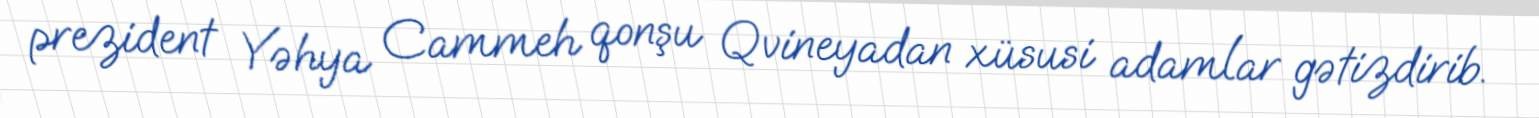
prezident Yəhya Cammeh qonşu Qvineyadan xüsusi adamlar gətizdirib.